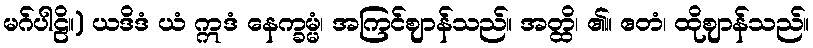
မဂ်ပါဠိ။) ယဒိဒံ ယံ ဣဒံ နေက္ခမ္မံ၊ အကြင်ဈာန်သည်။ အတ္ထိ၊ ၏။ ဧတံ၊ ထိုဈာန်သည်။